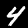
Label: 4